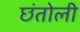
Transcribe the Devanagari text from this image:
छंतोली